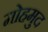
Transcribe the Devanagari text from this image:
मोहमुद